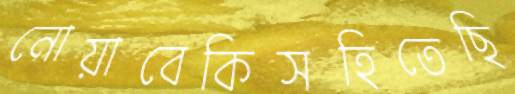
নোয়াবেকিসহিতেছি